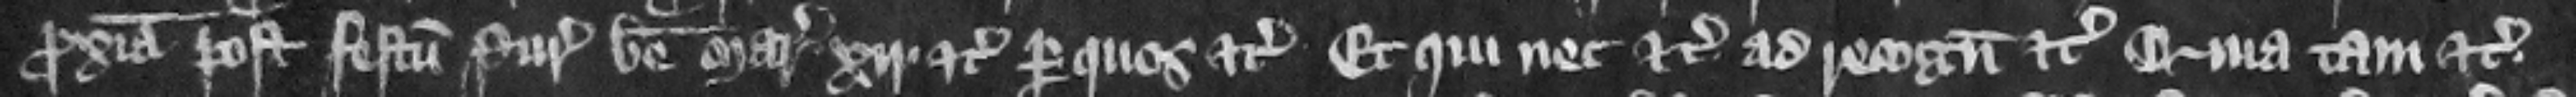
proxima post festum Purificacionis beate Marie. xij. etc. per quos etc. et qui nec etc. ad recognoscendum etc. qua tam etc.